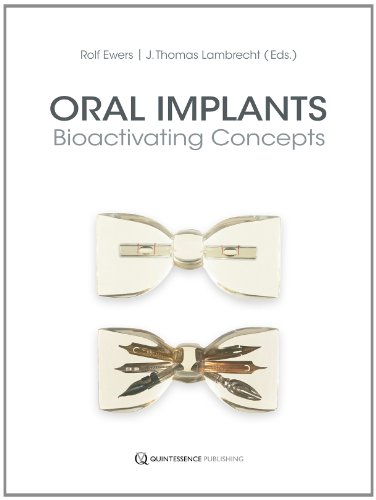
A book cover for Oral Implants: Bioactivating Concepts; Rolf Ewers; Medical Books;